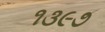
૧૩૯૭